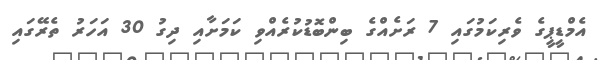
އެމްޑީޕީގެ ވެރިކަމުގައި 7 ރަށެއްގެ ބިންބޮޑުކުރެއްވި ކަމަށާއި ދިގު 30 އަހަރު ތެރޭގައި